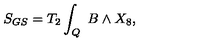
S _ { G S } = T _ { 2 } \int _ { Q } \ B \wedge X _ { 8 } ,